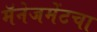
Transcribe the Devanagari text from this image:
मॅनेजमेंटचा